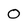
Character: 0